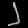
Digit: ၂